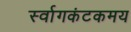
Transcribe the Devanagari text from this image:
र्स्वागकंटकमय